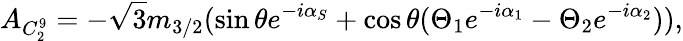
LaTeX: A_{C_{2}^{9}}=-\sqrt 3m_{3/2}(\sin\theta e^{-i\alpha_{S}}+\cos\theta(\Theta_{1}e^{-i\alpha_{1}}-\Theta_{2}e^{-i\alpha_{2}})),